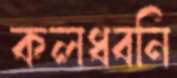
কলধ্বনি